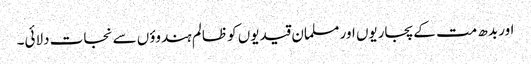
اور بدھ مت کے پجاریوں اور مسلمان قیدیوں کو ظالم ہندوؤں سے نجات دلائی۔